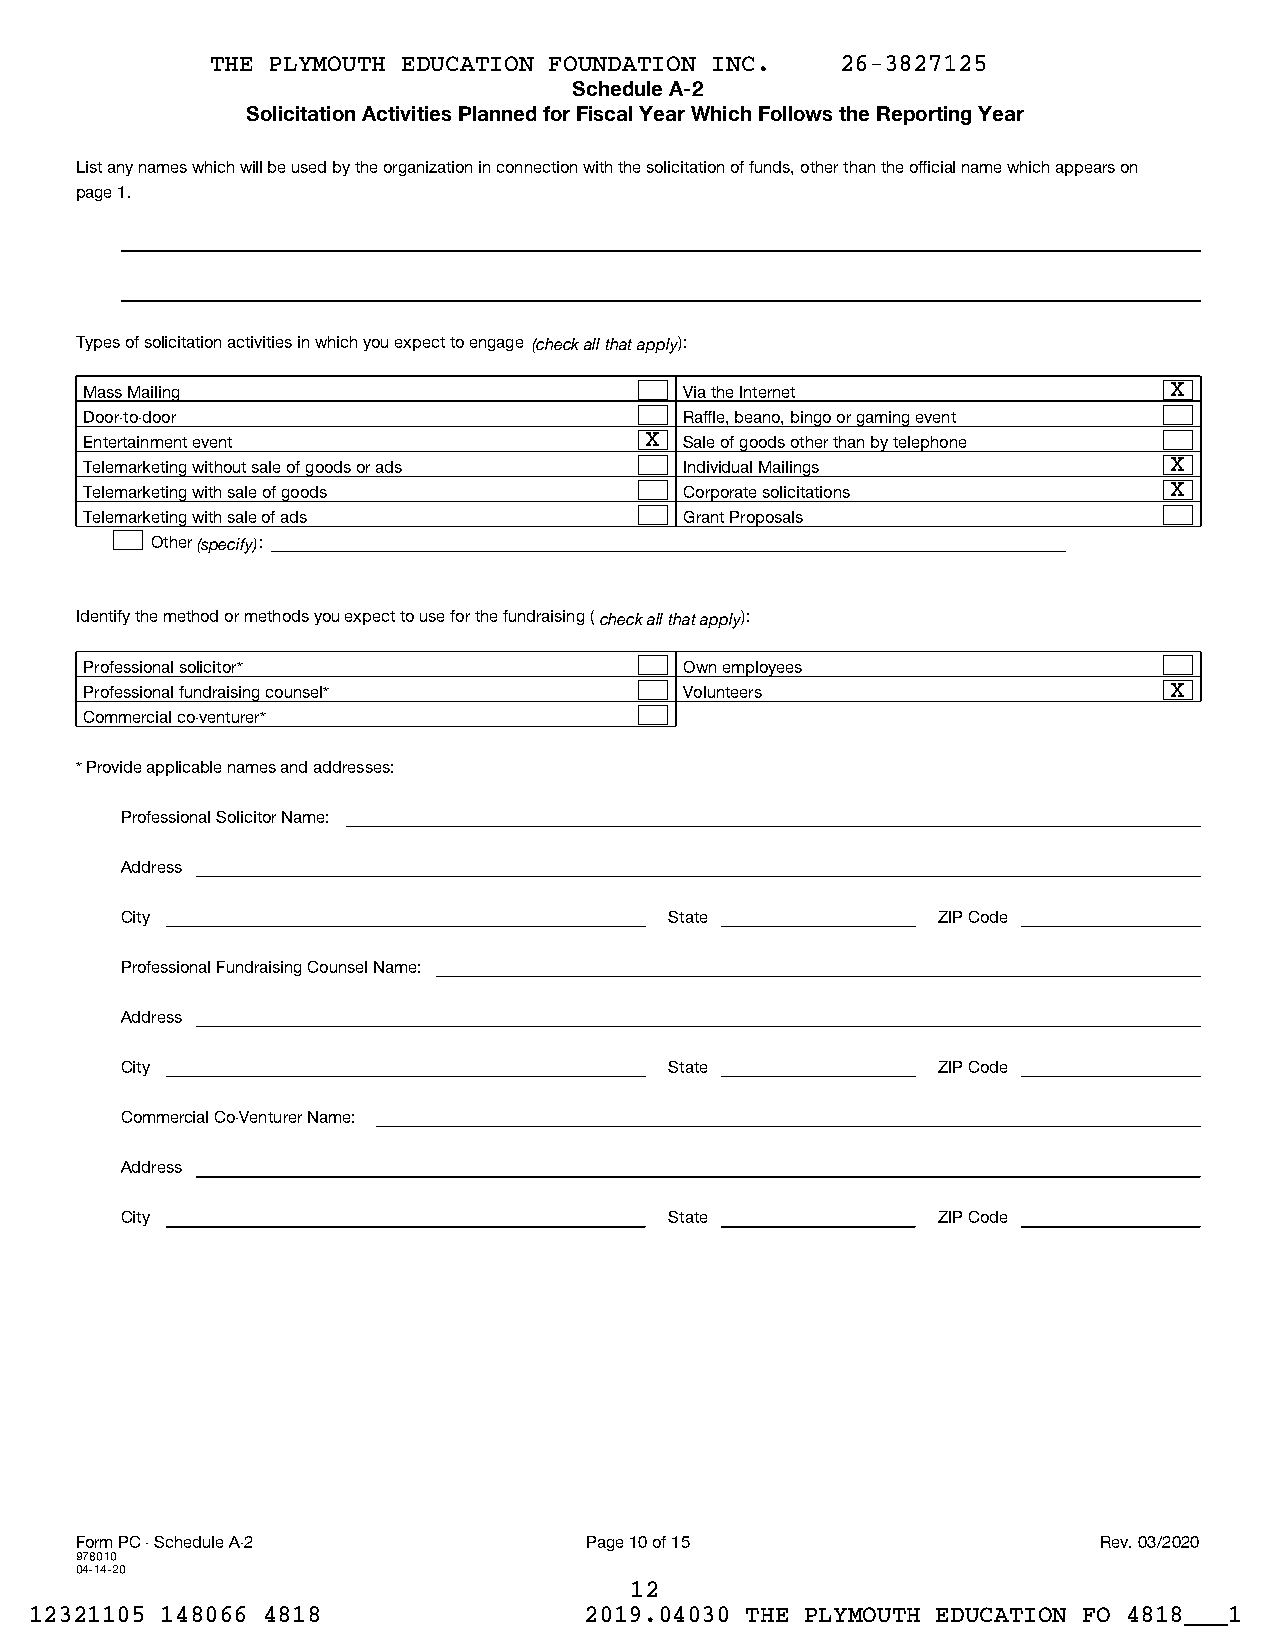
THE PLYMOUTH EDUCATION FOUNDATION INC.    26-3827125
 Schedule A-2
 Solicitation Activities Planned for Fiscal Year Which Follows the Reporting Year
 List any names which will be used by the organization in connection with the solicitation of funds, other than the official name which appears on
 page 1.
 Types of solicitation activities in which you expect to engage (check all that apply):
 Mass Mailing                           Via the Internet                X
 Door-to-door                           Raffle, beano, bingo or gaming event
 Entertainment event                  X Sale of goods other than by telephone
 Telemarketing without sale of goods or ads Individual Mailings         X
 Telemarketing with sale of goods       Corporate solicitations         X
 Telemarketing with sale of ads         Grant Proposals
 Other (specify):
 Identify the method or methods you expect to use for the fundraising (check all that apply):
 Professional solicitor*                Own employees
 Professional fundraising counsel*      Volunteers                      X
 Commercial co-venturer*
 * Provide applicable names and addresses:
 Professional Solicitor Name:
 Address
 City                                State             ZIP Code
 Professional Fundraising Counsel Name:
 Address
 City                                State             ZIP Code
 Commercial Co-Venturer Name:
 Address
 City                                State             ZIP Code
 Form PC - Schedule A-2            Page 10 of 15                     Rev. 03/2020
 978010
 04-14-20
 12
 12321105 148066 4818                 2019.04030 THE PLYMOUTH EDUCATION FO 4818___1